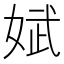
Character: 娬